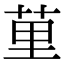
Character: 荲